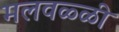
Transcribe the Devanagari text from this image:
मलवळ्ळी